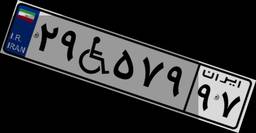
۲۹W۵۷۹۹۷